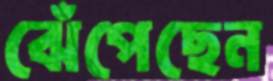
ঝেঁপেছেন